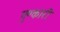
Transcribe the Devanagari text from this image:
गुण्कारी